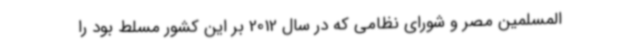
المسلمین مصر و شورای نظامی که در سال 2012 بر این کشور مسلط بود را